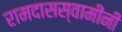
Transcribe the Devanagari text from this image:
रामदासस्वामींनीं